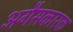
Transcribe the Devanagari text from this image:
अगैसकारक